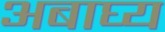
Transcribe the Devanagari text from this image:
अबाघ्य